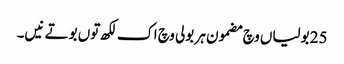
25 بولیاں وچ مضمون ہر بولی وچ اک لکھ توں بوتے نیں۔